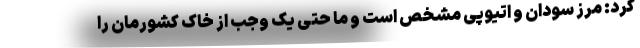
کرد: مرز سودان و اتیوپی مشخص است و ما حتی یک وجب از خاک کشورمان را